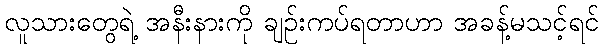
လူသားတွေရဲ့ အနီးနားကို ချဉ်းကပ်ရတာဟာ အခန့်မသင့်ရင်